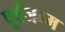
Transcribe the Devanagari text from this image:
पूर्वजन्‍म